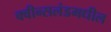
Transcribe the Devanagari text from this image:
क्वीन्सलंडमधील